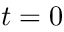
t = 0